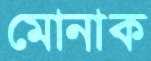
মোনাক